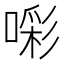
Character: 𭊑